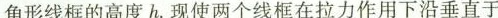
角形线框的高度h。现使两个线框在拉力作用下沿垂直于